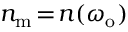
n _ { \mathrm { m } } \! = \! n ( \omega _ { \mathrm { o } } )